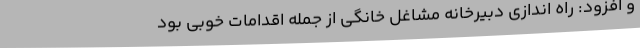
و افزود: راه اندازی دبیرخانه مشاغل خانگی از جمله اقدامات خوبی بود